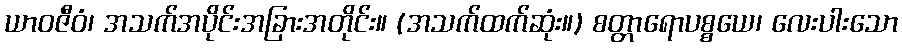
ယာဝဇီဝံ၊ အသက်အပိုင်းအခြားအတိုင်း။ (အသက်ထက်ဆုံး။) စတ္တာရောပစ္စယေ၊ လေးပါးသော